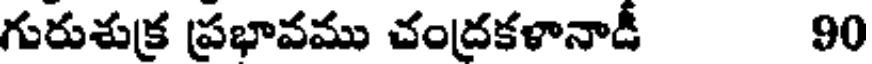
గురుశుక్ర ప్రభావము చంద్రకళానాడీ 90